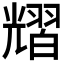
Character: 𦒉